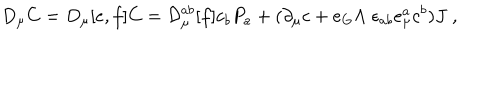
D _ { \mu } C = D _ { \mu } [ e , f ] C = { \cal D } _ { \mu } ^ { a b } [ f ] c _ { b } P _ { a } + ( \partial _ { \mu } c + e _ { G } \Lambda \; \epsilon _ { a b } e _ { \mu } ^ { a } c ^ { b } ) J \; ,